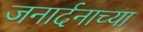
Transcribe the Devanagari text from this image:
जनार्दनाच्या